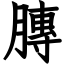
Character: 膞